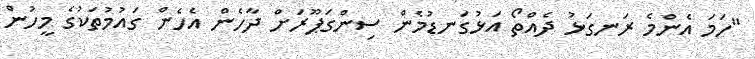
"ހަމަ އެންމެ ރަނގަޅު ދެއްތޯ އަޅުގަނޑުމެން ސިންގަޕޫރަށް ދާހެން އެހެން ގައުމުތަކުގެ މީހުން